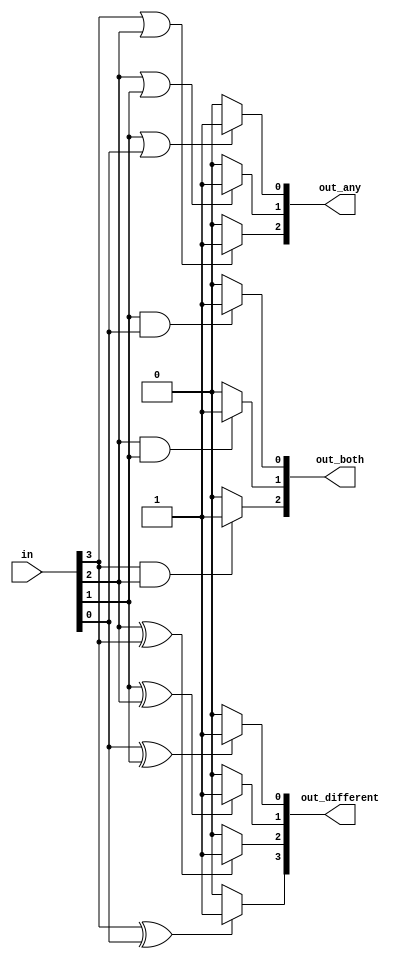
module top_module( 
    input [3:0] in,
    output [2:0] out_both,
    output [3:1] out_any,
    output [3:0] out_different );
    
    assign out_both[2] = (in[3] & in[2]) ? 1'b1:1'b0;
    assign out_both[1] = (in[2] & in[1]) ? 1'b1:1'b0;
    assign out_both[0] = (in[1] & in[0]) ? 1'b1:1'b0;
    
    assign out_any[3] = (in[3] | in[2]) ? 1'b1:1'b0;
    assign out_any[2] = (in[2] | in[1]) ? 1'b1:1'b0;
    assign out_any[1] = (in[1] | in[0]) ? 1'b1:1'b0;
    
    assign out_different[3] = (in[3] ^ in[0]) ? 1'b1:1'b0;
    assign out_different[2] = (in[2] ^ in[3]) ? 1'b1:1'b0;
    assign out_different[1] = (in[1] ^ in[2]) ? 1'b1:1'b0;
    assign out_different[0] = (in[0] ^ in[1]) ? 1'b1:1'b0;
    
endmodule